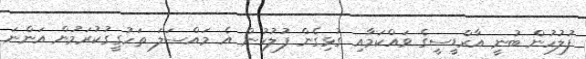
ފުލުހުން ބުނީ އާރްޑީސީގެ ވައްކަމާއި ގުޅިގެން ފުލުހުން އެ މައްސަލަ ތަހުގީގުކުރަމުން އަންނަ